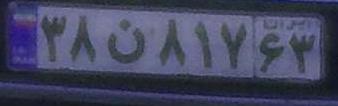
۳۸ن۸۱۷۶۳